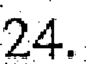
24.